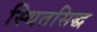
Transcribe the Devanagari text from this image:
स्थितसिद्ध